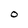
Character: O